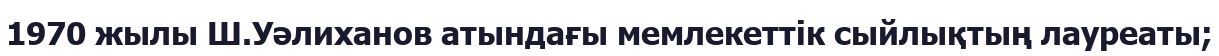
1970 жылы Ш.Уәлиханов атындағы мемлекеттік сыйлықтың лауреаты;